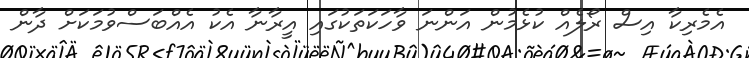
އެމެރިކާ އިސް ރޯލެއް ކުޅެމުން އަންނަ ވާހަކަތަކުގައި އީރާނާ އެކު އެއްބަސްވުމަކަށް ދާން